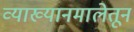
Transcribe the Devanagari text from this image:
व्याख्यानमालेतून